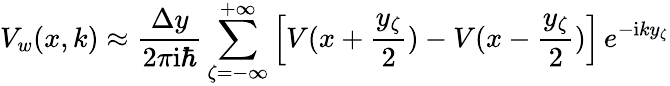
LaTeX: V_{w}(x,k)\approx\frac{\Delta y}{2\pi\mathrm{i}\hbar}\sum_{\zeta=-\infty}^{+\infty}\left[V(x+\frac{y_{\zeta}}{2})-V(x-\frac{y_{\zeta}}{2})\right]\, e^{-\mathrm{i}ky_{\zeta}}